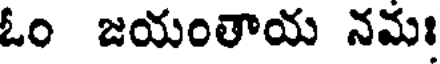
ఓం జయంతాయ నమః